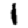
Digit: 1